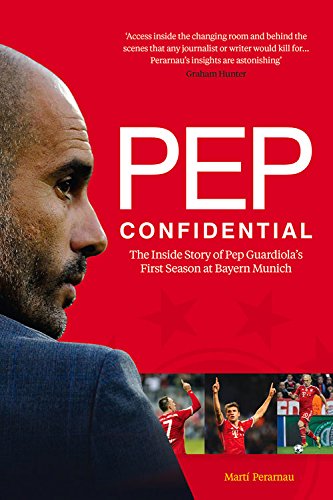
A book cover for Pep Confidential: The Inside Story of Pep GuardiolaEEs First Season at Bayern Munich; MartÃ­ Perarnau; Sports & Outdoors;